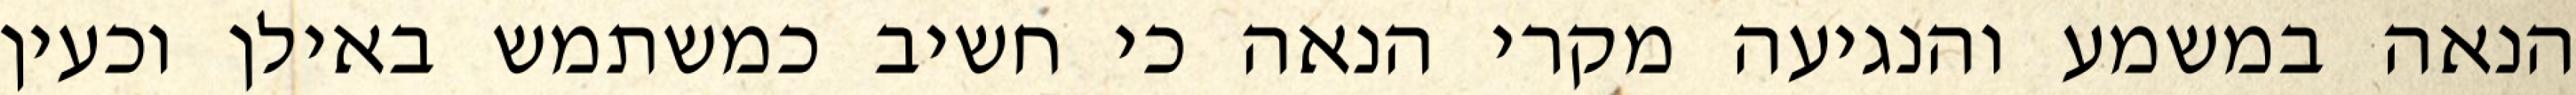
הנאה במשמע והנגיעה מקרי הנאה כי חשיב כמשתמש באילן וכעין